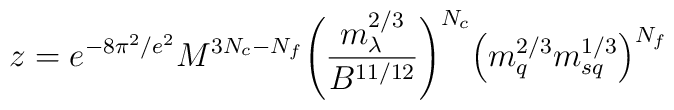
z = e^{-8\pi^2/e^2} M^{3N_c-N_f}\Bigg(\frac{m_\lambda^{2/3}}{B^{11/12}}\Bigg)^{N_c}\Big(m_q^{2/3} m_{sq}^{1/3}\Big)^{N_f}